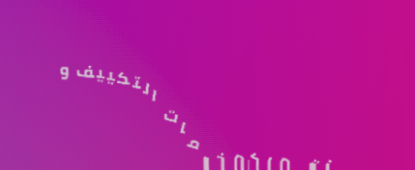
نقدم لكم خدمات التكييف و